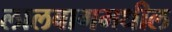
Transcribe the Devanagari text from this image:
लालबागमधील